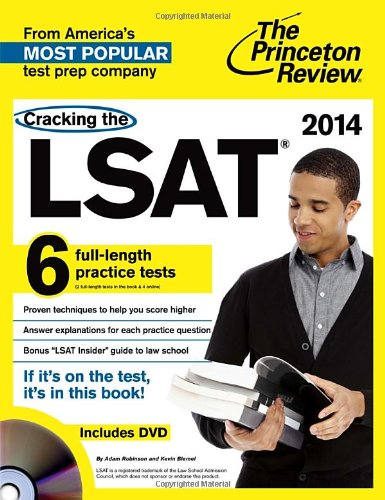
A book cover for Cracking the LSAT with 6 Practice Tests & DVD, 2014 Edition (Graduate School Test Preparation); Princeton Review; Education & Teaching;